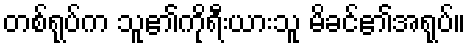
တစ်ရုပ်က သူ၏ကိုရီးယားသူ မိခင်၏အရုပ်။